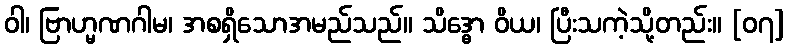
ဝါ၊ ဗြာဟ္မဏဂါမ၊ အစရှိသောအမည်သည်။ သိဒ္ဓော ဝိယ၊ ပြီးသကဲ့သို့တည်း။ [၀၇]